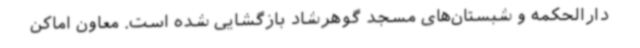
دارالحکمه و شبستان‌های مسجد گوهرشاد بازگشایی شده است. معاون اماکن